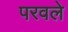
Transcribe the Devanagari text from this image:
परवले